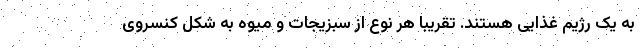
به یک رژیم غذایی هستند. تقریبا هر نوع از سبزیجات و میوه به شکل کنسروی